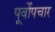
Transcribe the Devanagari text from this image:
पूर्वोपचार